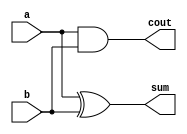
`timescale 1ns/1ns 

module HA(a,b,sum,cout);
input a,b;
output reg sum,cout;

always @(*) 
  begin
   #2 
   cout = a & b;
  end
  
  always @(*) 
  begin
  #3
  sum = a ^ b;
  end
  
endmodule



module FA( 
  input a, b, Cin, 
  output S, Cout
  );  
  
  wire w1, w2, w3;    
  HA HA1(a, b, w1, w2);
  
  HA HA2(w1, Cin,S, w3);
  
  or(Cout,w2, w3);
  
endmodule  


module Adder(a,b,cin,sum,cout);
input [3:0]a,b;
input cin;
output wire [3:0]sum;
output cout;

wire cout1, cout2, cout3;

FA FA1(a[0],b[0],cin,sum[0],cout1);
FA FA2(a[1],b[1],cout1,sum[1],cout2);
FA FA3(a[2],b[2],cout2,sum[2],cout3);
FA FA4(a[3],b[3],cout3,sum[3],cout);
endmodule